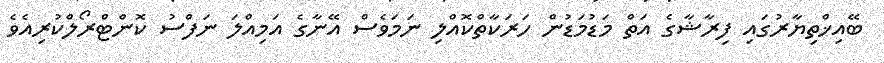
ބޭއިޚްތިޔާރުގައި ފިރާޝާގެ އަތް މަޑުމަޑުން ހަރަކާތްކޮއްލި ނަމަވެސް އޭނާގެ އަމިއްލަ ނަފްސު ކޮންޓްރޯލްކުރިއެވެ